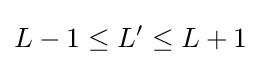
L-1\leq L'\leq L+1